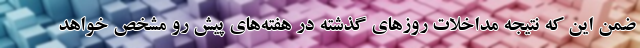
ضمن این که نتیجه مداخلات روزهای گذشته در هفته‌های پیش رو مشخص خواهد